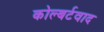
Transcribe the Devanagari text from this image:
कोल्बर्टवाद